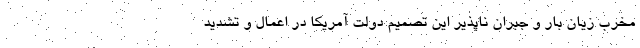
مخرب زیان بار و جبران ناپذیر این تصمیم دولت آمریکا در اعمال و تشدید